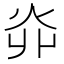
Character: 𤆽